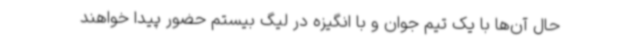
حال آن‌ها با یک تیم جوان و با انگیزه در لیگ بیستم حضور پیدا خواهند